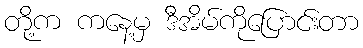
တို့က ကနေ့မှ ဒီအိမ်ကိုပြောင်းတာ